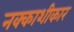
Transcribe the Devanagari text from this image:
नक्काशीकार